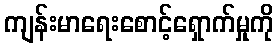
ကျန်းမာရေးစောင့်ရှောက်မှုကို